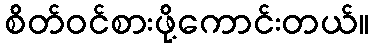
စိတ်ဝင်စားဖို့ကောင်းတယ်။